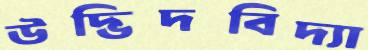
উদ্ভিদবিদ্যা